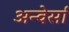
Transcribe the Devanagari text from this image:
अन्वेर्सा